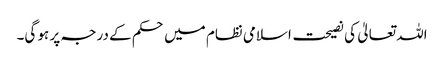
اللہ تعالیٰ کی نصیحت اسلامی نظام میں حکم کے درجہ پر ہو گی۔